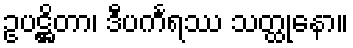
ဥပဋ္ဌိတာ၊ ဒီပင်္ကရဿ သတ္ထုနော။